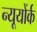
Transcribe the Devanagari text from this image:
न्यूयोंर्क